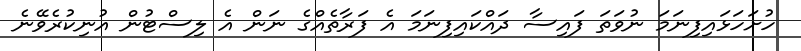
ހުށަހަޅައިފިނަމަ ނުވަތަ ފައިސާ ދައްކައިފިނަމަ އެ ފަރާތެއްގެ ނަން އެ ލިސްޓުން އުނިކުރެވޭނެ